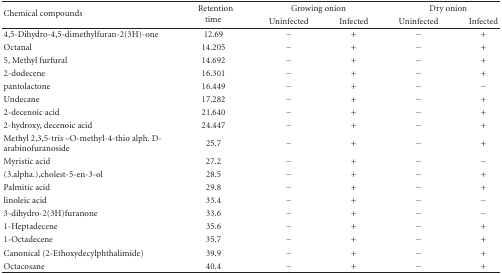
<table><thead><tr><td rowspan="2"><b>Chemical compounds</b></td><td rowspan="2"><b>Retention time</b></td><td colspan="2"><b>Growing onion</b></td><td colspan="2"><b>Dry onion</b></td></tr><tr><td><b>Uninfected</b></td><td><b>Infected</b></td><td><b>Uninfected</b></td><td><b>Infected</b></td></tr></thead><tbody><tr><td>4,5-Dihydro-4,5-dimethylfuran-2(3H)-one</td><td>12.69</td><td>−</td><td>+</td><td>−</td><td>+</td></tr><tr><td>Octanal</td><td>14.205</td><td>−</td><td>+</td><td>−</td><td>+</td></tr><tr><td>5, Methyl furfural</td><td>14.692</td><td>−</td><td>+</td><td>−</td><td>+</td></tr><tr><td>2-dodecene</td><td>16.301</td><td>−</td><td>+</td><td>−</td><td>+</td></tr><tr><td>pantolactone</td><td>16.449</td><td>−</td><td>+</td><td>−</td><td>−</td></tr><tr><td>Undecane</td><td>17.282</td><td>−</td><td>+</td><td>−</td><td>+</td></tr><tr><td>2-decenoic acid</td><td>21.640</td><td>−</td><td>+</td><td>−</td><td>+</td></tr><tr><td>2-hydroxy, decenoic acid</td><td>24.447</td><td>−</td><td>+</td><td>−</td><td>+</td></tr><tr><td>Methyl 2,3,5-tris –O-methyl-4-thio alph. D-arabinofuranoside</td><td>25.7</td><td>−</td><td>+</td><td>−</td><td>+</td></tr><tr><td>Myristic acid</td><td>27.2</td><td>−</td><td>+</td><td>−</td><td>−</td></tr><tr><td>(3.alpha.),cholest-5-en-3-ol</td><td>28.5</td><td>−</td><td>+</td><td>−</td><td>+</td></tr><tr><td>Palmitic acid</td><td>29.8</td><td>−</td><td>+</td><td>−</td><td>+</td></tr><tr><td>linoleic acid</td><td>33.4</td><td>−</td><td>+</td><td>−</td><td>−</td></tr><tr><td>3-dihydro-2(3H)furanone</td><td>33.6</td><td>−</td><td>+</td><td>−</td><td>−</td></tr><tr><td>1-Heptadecene</td><td>35.6</td><td>−</td><td>+</td><td>−</td><td>+</td></tr><tr><td>1-Octadecene</td><td>35.7</td><td>−</td><td>+</td><td>−</td><td>+</td></tr><tr><td>Canonical (2-Ethoxydecylphthalimide)</td><td>39.9</td><td>−</td><td>+</td><td>−</td><td>+</td></tr><tr><td>Octacosane</td><td>40.4</td><td>−</td><td>+</td><td>−</td><td>+</td></tr></tbody></table>